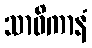
သာဝိကာနံ